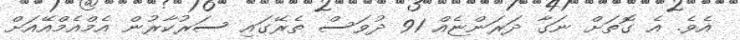
އެވެ. އެ ގޮތަށް ނަގާ ދަރަންޏެއް 91 ދުވަސް ތެރޭގައި ސަރުކާރުން އެމްއެމްއޭއަށް